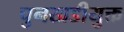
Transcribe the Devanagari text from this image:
चुनखडीयुक्त